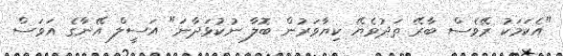
"އެކަމަކު ރޭވެސް ބާރޭ ތަދުވެޔޭ ކިޔާވަރުން ބޮލާ ނުކުޅަދާނަ" އަސީލް އޭނާގެ އަވަސް